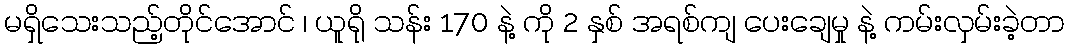
မရှိသေးသည့်တိုင်အောင် ၊ ယူရို သန်း 170 နဲ့ ကို 2 နှစ် အရစ်ကျ ပေးချေမှု နဲ့ ကမ်းလှမ်းခဲ့တာ